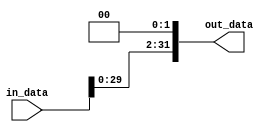
`timescale 1ns / 1ps
////////////////////////////////////////////////////////////////////////////////
// Group : 7
// Members : 
// Battala Vamshi Krishna - 19CS10019
// Mahajan Rohan Raj - 19CS10042
// Assignment - 7
////////////////////////////////////////////////////////////////////////////////
module shift_left_2_32(
		in_data,
		out_data
    );
input [31:0] in_data;
output [31:0] out_data;

assign out_data = in_data << 2;
endmodule